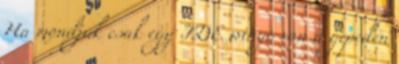
Ha mondjuk csak egy IDE winyo van a gepeden